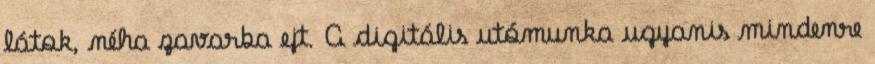
látok, néha zavarba ejt. A digitális utómunka ugyanis mindenre